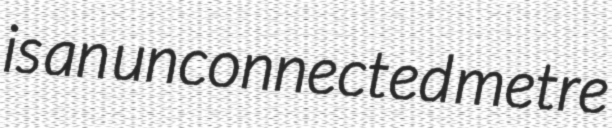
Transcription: is an unconnected metre